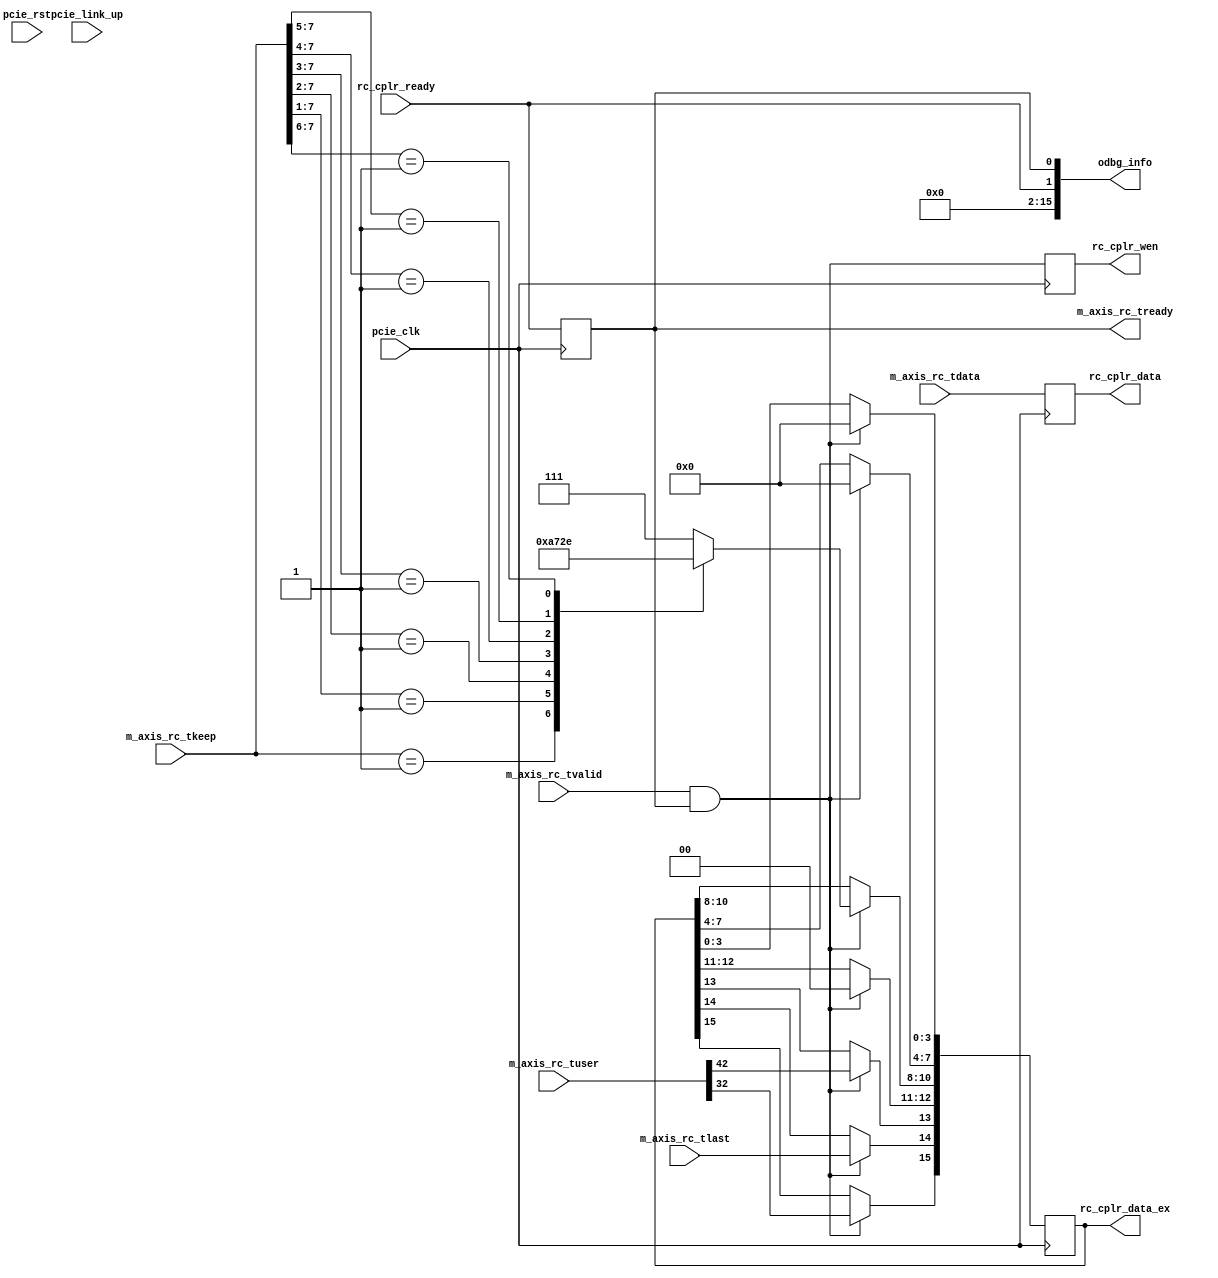

`timescale 100ps / 1ps

module pcie_rc_intf #(
parameter   DWIDTH  = 256     //256 or 128 or 64
)(
input                       pcie_clk            ,
input                       pcie_rst            ,
input                       pcie_link_up        ,
    // pciecore interface GEN3 for xilinex virtex7
input       [DWIDTH-1:0]    m_axis_rc_tdata     ,
input       [74: 0]         m_axis_rc_tuser     ,
input                       m_axis_rc_tlast     ,
input       [DWIDTH/32-1:0] m_axis_rc_tkeep     ,
input                       m_axis_rc_tvalid    ,
output  reg                 m_axis_rc_tready    ,
    //pcie_cplr_asm interface
output  reg [15: 0]         rc_cplr_data_ex     ,
output  reg [DWIDTH-1:0]    rc_cplr_data        ,   //Pcie write operation
output  reg                 rc_cplr_wen         ,
input                       rc_cplr_ready       ,

output      [15: 0]         odbg_info

);

localparam  U_DLY       = 1 ;


//
/*******************************************************************************************
    request request DWord alignedTPHparity
    discontinuerqcc
    rdatafirst_belast_be,mod
    |287:280|279|278|277:270|269: 266|265:262|261|260:256|255:0|
    |rsv    |sop|eop|keep   |first_be|last_be|err|mod    |data |
    data
    |31 |30 :  24|23 |22 |21:14|13  : 10|9  :  6| 5 |4:0|
    |end|sequence|sop|eop|keep |first_be|last_be|err|mod|
********************************************************************************************/
localparam  SOP         = 15 ;
localparam  EOP         = 14 ;
localparam  ERR         = 13 ;
localparam  KEEP_M      = 11 ;
localparam  KEEP_L      = 8  ;
localparam  FBE_M       = 7  ;
localparam  FBE_L       = 4  ;
localparam  LBE_M       = 3  ;
localparam  LBE_L       = 0  ;

    //rc
wire    [31: 0]         rc_tuser_byte_en    ;
wire                    rc_tuser_is_sof0    ;
wire                    rc_tuser_is_sof1    ;
wire    [ 3: 0]         rc_tuser_is_eof0    ;
wire    [ 3: 0]         rc_tuser_is_eof1    ;
wire                    rc_tuser_discontinue;
wire    [31: 0]         rc_tuser_parity     ;

//reg     [ 7: 0]         tag                 ;


assign odbg_info = {14'b0,rc_cplr_ready,m_axis_rc_tready};
//  Stage 2
//================================================
//  poll read and write command
//================================================

assign  rc_tuser_byte_en        = m_axis_rc_tuser[31:0];
assign  rc_tuser_is_sof0        = m_axis_rc_tuser[32];
assign  rc_tuser_is_sof1        = m_axis_rc_tuser[33];
assign  rc_tuser_is_eof0        = m_axis_rc_tuser[37:34];
assign  rc_tuser_is_eof1        = m_axis_rc_tuser[41:38];
assign  rc_tuser_discontinue    = m_axis_rc_tuser[42];
assign  rc_tuser_parity         = m_axis_rc_tuser[74:43];

/*******************************************************************************************
    request completer DWord alignedNON-straddled
********************************************************************************************/


    //m_axis_rc_tvalidipcore
always @ ( posedge pcie_clk )
    m_axis_rc_tready <= rc_cplr_ready;

//always @ ( posedge pcie_clk )
//begin
//    if( pcie_rst )
//        tag <= #U_DLY 8'b0;
//    else if( rc_tuser_is_sof0 & m_axis_rc_tvalid & m_axis_rc_tready )
//        tag <= #U_DLY m_axis_rc_tdata[71:64];
//    else
//        ;
//end
generate if(DWIDTH==256)
    always @ ( posedge pcie_clk )
    begin
        if(m_axis_rc_tvalid & m_axis_rc_tready)
        begin
            rc_cplr_data_ex[15]    <= #U_DLY rc_tuser_is_sof0;
            rc_cplr_data_ex[14]    <= #U_DLY m_axis_rc_tlast;
            rc_cplr_data_ex[13]    <= #U_DLY rc_tuser_discontinue;
            rc_cplr_data_ex[12:11] <= #U_DLY 2'b0;
            casex( m_axis_rc_tkeep )
            8'b0000_0001 : rc_cplr_data_ex[10:8] <= #U_DLY 3'd0;
            8'b0000_001? : rc_cplr_data_ex[10:8] <= #U_DLY 3'd1;
            8'b0000_01?? : rc_cplr_data_ex[10:8] <= #U_DLY 3'd2;
            8'b0000_1??? : rc_cplr_data_ex[10:8] <= #U_DLY 3'd3;
            8'b0001_???? : rc_cplr_data_ex[10:8] <= #U_DLY 3'd4;
            8'b001?_???? : rc_cplr_data_ex[10:8] <= #U_DLY 3'd5;
            8'b01??_???? : rc_cplr_data_ex[10:8] <= #U_DLY 3'd6;
            default      : rc_cplr_data_ex[10:8] <= #U_DLY 3'd7;
            endcase
            rc_cplr_data_ex[7:4]   <= #U_DLY 4'b0;
            rc_cplr_data_ex[3:0]   <= #U_DLY 4'b0;
        end
        else
            ;
    end
else if(DWIDTH==128)
    always @ ( posedge pcie_clk )
    begin
        if(m_axis_rc_tvalid & m_axis_rc_tready)
        begin
            rc_cplr_data_ex[15]    <= #U_DLY rc_tuser_is_sof0;
            rc_cplr_data_ex[14]    <= #U_DLY m_axis_rc_tlast;
            rc_cplr_data_ex[13]    <= #U_DLY rc_tuser_discontinue;
            rc_cplr_data_ex[12:10] <= #U_DLY 3'b0;
            casex( m_axis_rc_tkeep )
            4'b0001 : rc_cplr_data_ex[9:8] <= #U_DLY 2'd0;
            4'b001? : rc_cplr_data_ex[9:8] <= #U_DLY 2'd1;
            4'b01?? : rc_cplr_data_ex[9:8] <= #U_DLY 2'd2;
            default : rc_cplr_data_ex[9:8] <= #U_DLY 2'd3;
            endcase
            rc_cplr_data_ex[7:4]   <= #U_DLY 4'b0;
            rc_cplr_data_ex[3:0]   <= #U_DLY 4'b0;
        end
        else
            ;
    end
endgenerate

always @ ( posedge pcie_clk )
    rc_cplr_wen <= #U_DLY m_axis_rc_tvalid & m_axis_rc_tready;

    //data
always @ ( posedge pcie_clk )
    rc_cplr_data <= #U_DLY m_axis_rc_tdata;




endmodule